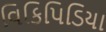
વિકિપિડિયા